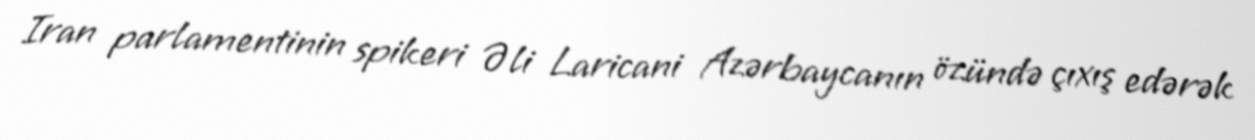
Iran parlamentinin spikeri Əli Laricani Azərbaycanın özündə çıxış edərək